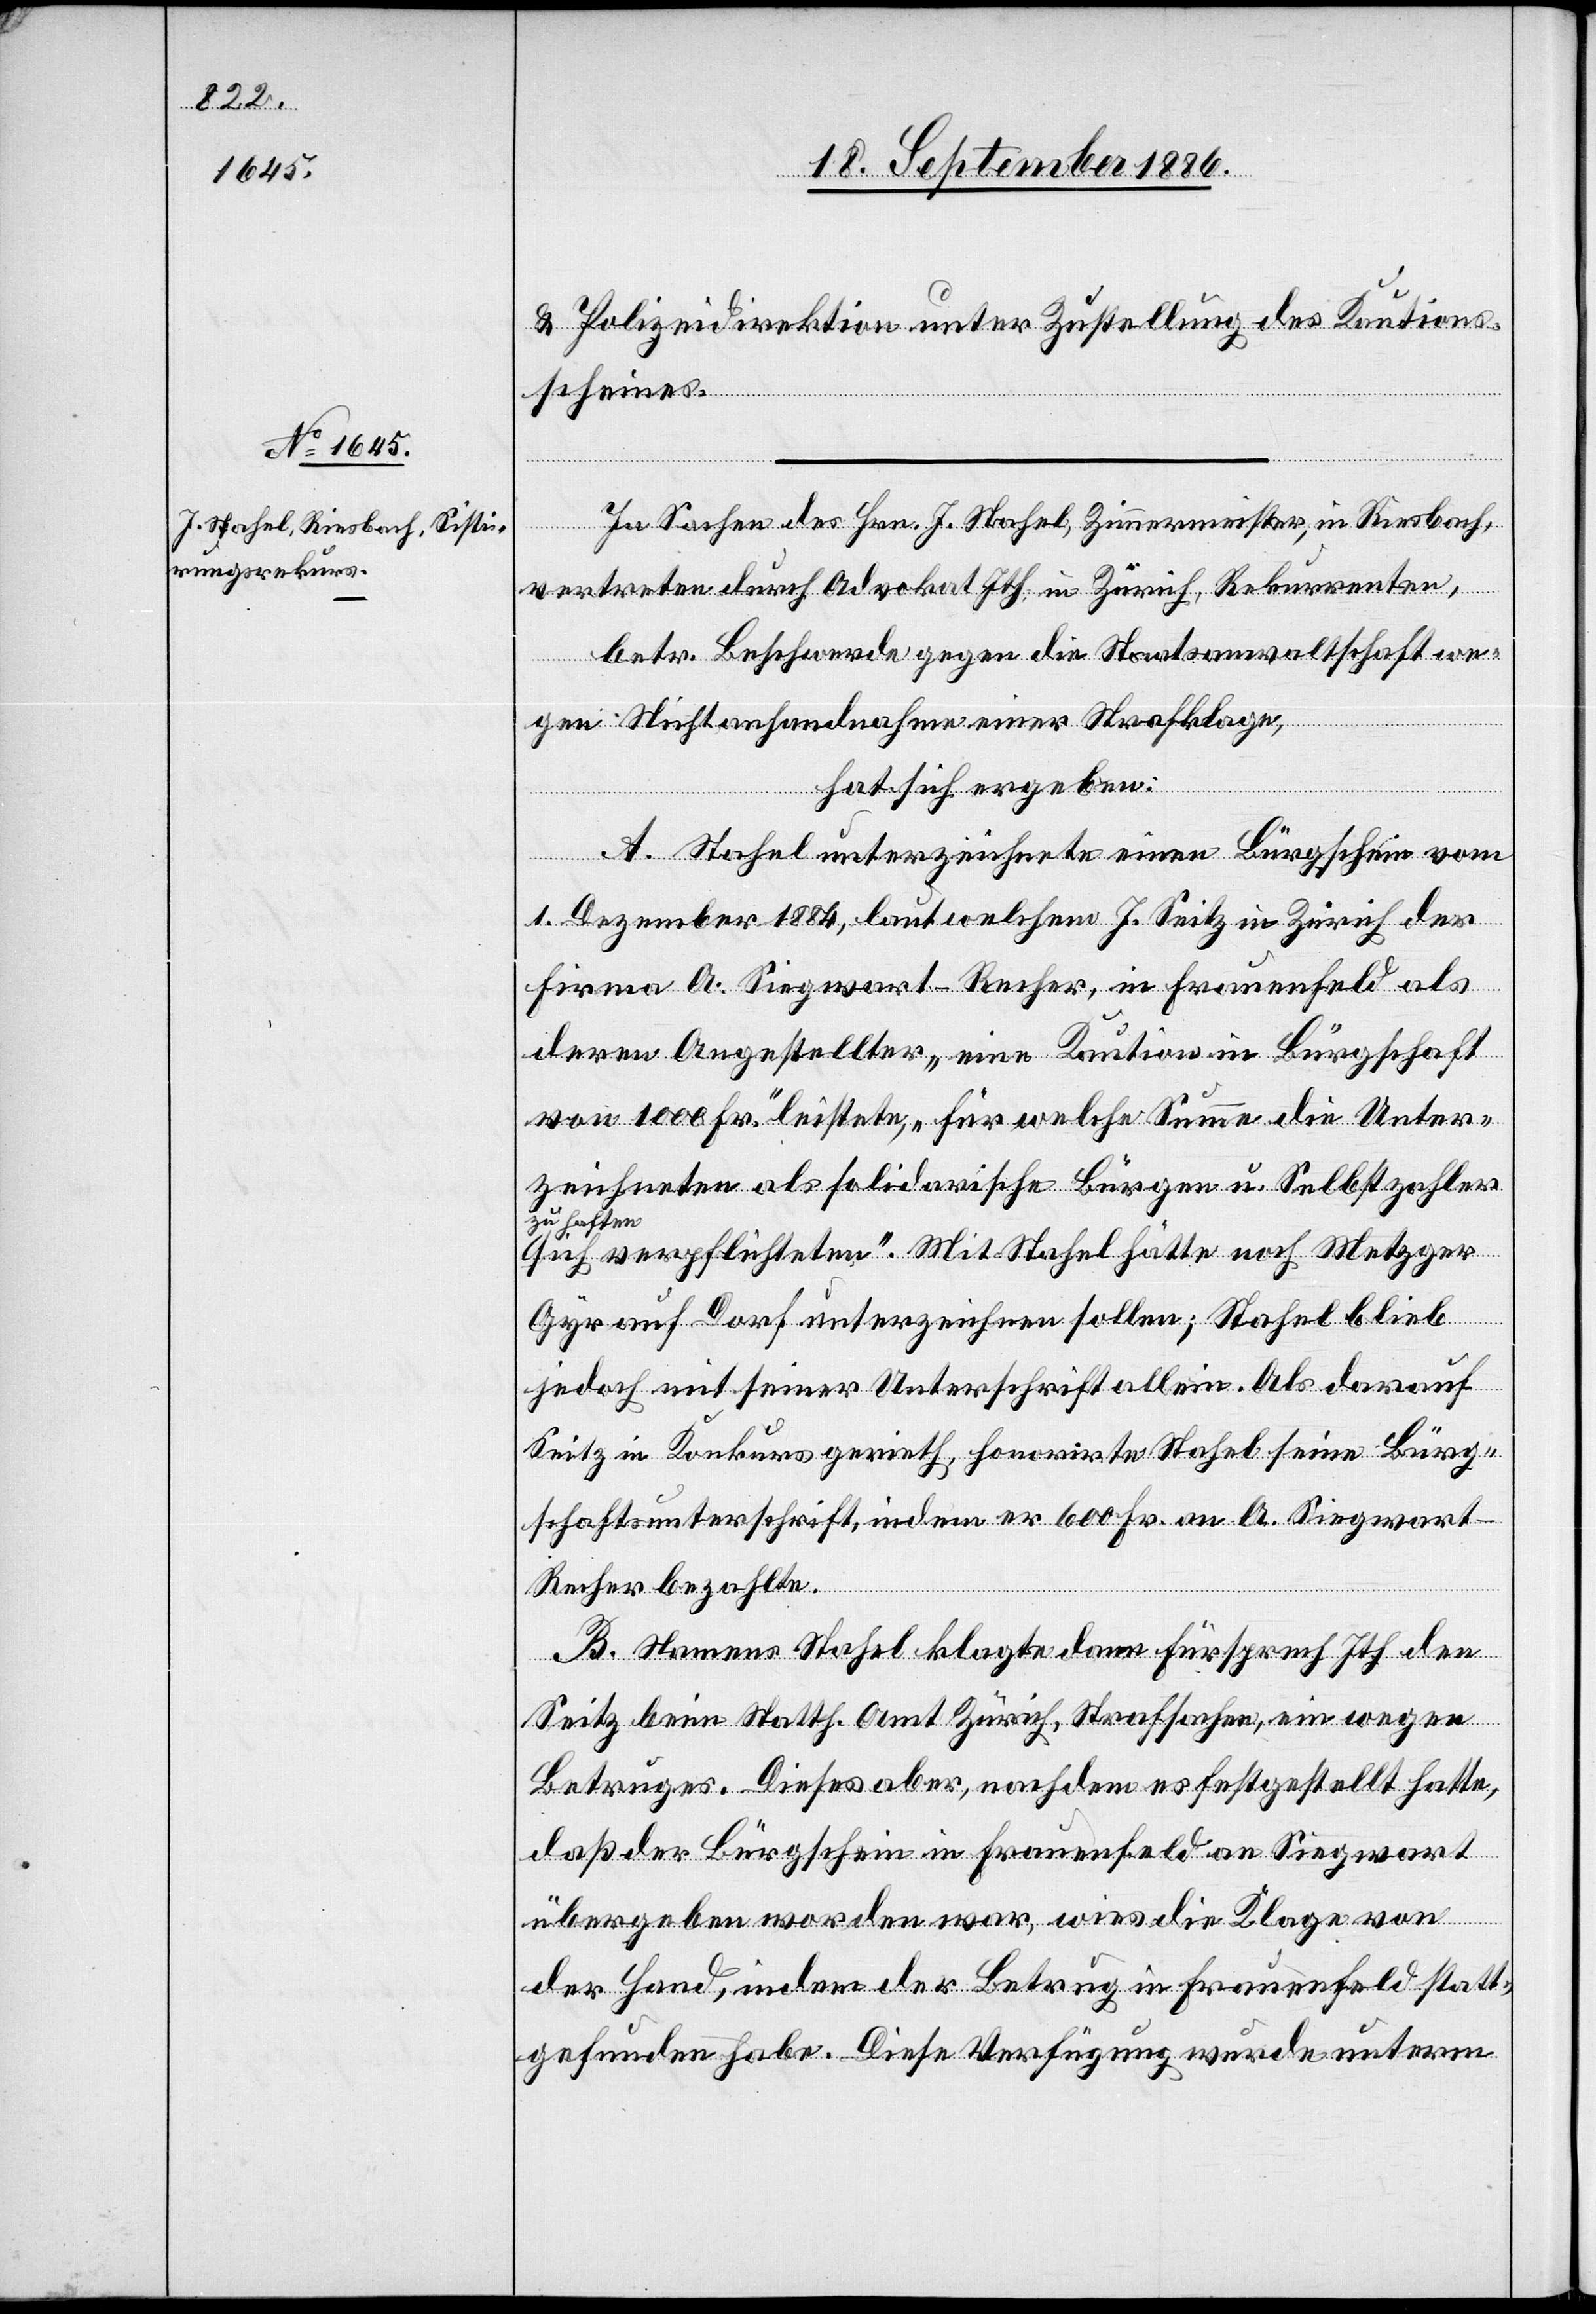
& Polizeidirektion unter Zustellung des Kautions¬
scheines.
In Sachen des Hrn. J. Stahel, Zimmermeister, in Riesbach,
vertreten durch Advokat Ith, in Zürich, Rekurrenten,
betr. Beschwerde gegen die Staatsanwaltschaft we¬
gen Nichtanhandnahme einer Strafklage,
hat sich ergeben:
A. Stahel unterzeichnete einen Bürgschein vom
1. Dezember 1884, laut welchem J. Seitz in Zürich der
Firma A. Siegwart-Recher, in Frauenfeld als
deren Angestellter „eine Kaution in Bürgschaft
von 1000 Fr.“ leistete, „für welche Summe die Unter¬
zeichneten als solidarische Bürgen u. Selbstzahler
a-zu haften-a
sie verpflichteten“. Mit Stahel hätte noch Metzger
Gyr auf Dorf unterzeichnen sollen; Stahel blieb
jedoch mit seiner Unterschrift allein. Als darauf
Seitz in Konkurs gerieth, honorirte Stahel seine Bürg¬
schaftsunterschrift, indem er 600 Fr. an A. Siegwar¬
t-Recher bezahlte.
B. Namens Stahel klagte dann Fürsprech Ith den
Seitz beim Statth. Amt Zürich, Strafsachen, ein wegen
Betruges. Dieses aber, nachdem es festgestellt hatte,
daß der Bürgschein in Frauenfeld an Siegwart
übergeben worden war, wies die Klage von
der Hand, indem der Betrug in Frauenfeld statt¬
gefunden habe. Diese Verfügung wurde unterm